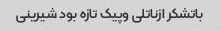
باتشکر ازناتلی وپیک تازه بود شیرینی